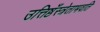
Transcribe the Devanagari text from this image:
उत्तिष्ठँस्त्रेताभवति